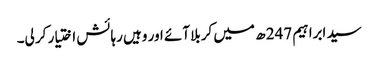
سید ابراہیم 247 ھ میں کربلا آئے اور وہیں رہائش اختیار کر لی۔